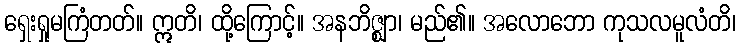
ရှေးရှုမကြံတတ်။ ဣတိ၊ ထို့ကြောင့်။ အနဘိဇ္ဈာ၊ မည်၏။ အလောဘော ကုသလမူလံတိ၊